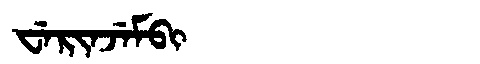
Manchu: ᠸᡝᡵᡳᠨᠵᡝᠮᠪᡳ
Romanization: WERINJEMBI